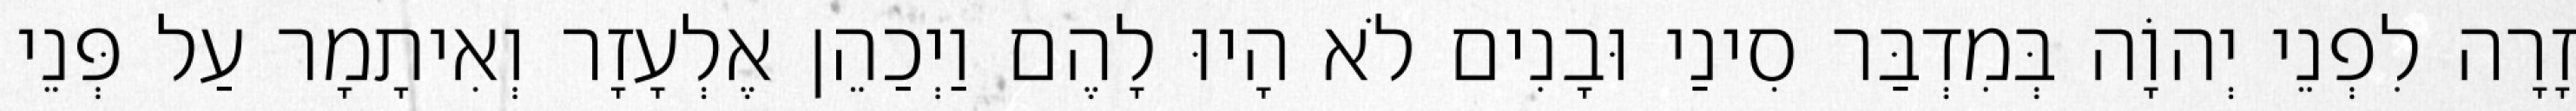
זָרָה לִפְנֵי יְהוָֹה בְּמִדְבַּר סִינַי וּבָנִים לֹא הָיוּ לָהֶם וַיְכַהֵן אֶלְעָזָר וְאִיתָמָר עַל פְּנֵי